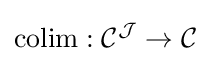
\operatorname {colim} :{\mathcal {C}}^{\mathcal {J}}\to {\mathcal {C}}